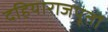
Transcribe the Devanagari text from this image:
दहियाराजपूतों